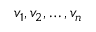
v _ { 1 } , v _ { 2 } , \ldots , v _ { n }